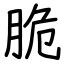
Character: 脆